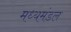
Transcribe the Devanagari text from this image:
मध्यमंडल